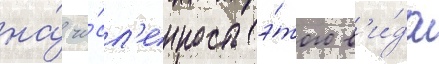
на́ чи́сл'енность э́того в'и́да